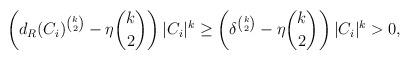
LaTeX: \begin{align*}\left( d_R(C_i)^{\binom k2}-\eta \binom k2 \right)|C_i|^k \geq \left( \delta^{\binom k2}-\eta \binom k2 \right) |C_i|^k >0,\end{align*}